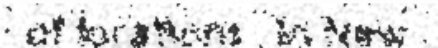
of locations . In New